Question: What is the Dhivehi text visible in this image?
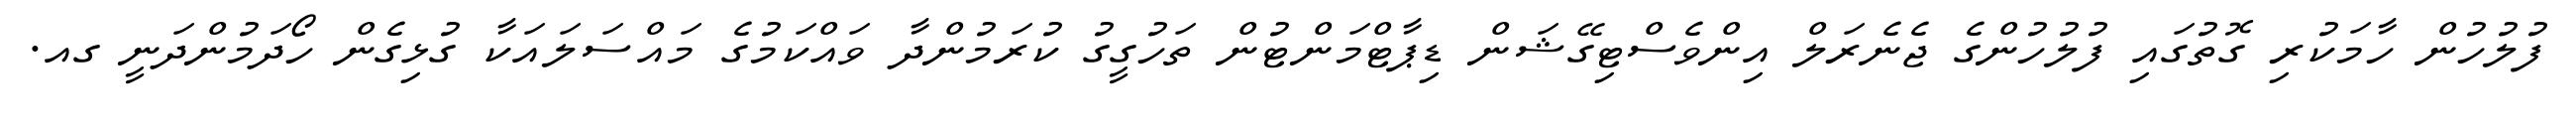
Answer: ފުލުހުން ހާމަކުރި ގޮތުގައި ފުލުހުންގެ ޖެނެރަލް އިންވެސްޓިގޭޝަން ޑިޕާޓްމަންޓުން ތަހުގީގު ކުރަމުންދާ ވައްކަމުގެ މައްސަލައަކާ ގުޅިގެން ހޯދަމުންދަނީ ގއ.